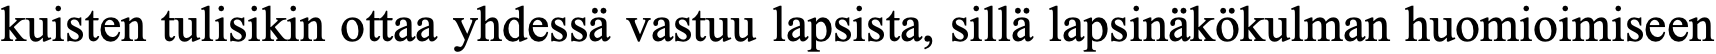
kuisten tulisikin ottaa yhdessä vastuu lapsista, sillä lapsinäkökulman huomioimiseen